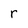
Character: r